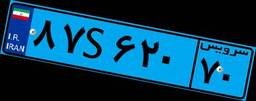
۸۷S۶۲۰۷۰